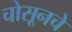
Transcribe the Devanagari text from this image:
चोसूनचे